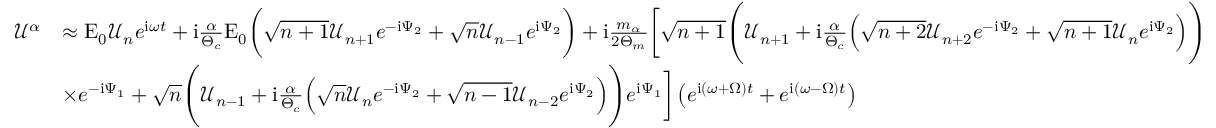
\begin{array} { r l } { \mathcal { U } ^ { \alpha } } & { \approx \mathrm { E } _ { 0 } \mathcal { U } _ { n } e ^ { \mathrm { i } \omega t } + \mathrm { i } \frac { \alpha } { \Theta _ { c } } \mathrm { E } _ { 0 } \bigg ( \sqrt { n + 1 } \mathcal { U } _ { n + 1 } e ^ { - \mathrm { i } \Psi _ { 2 } } + \sqrt { n } \mathcal { U } _ { n - 1 } e ^ { \mathrm { i } \Psi _ { 2 } } \bigg ) + \mathrm { i } \frac { m _ { \alpha } } { 2 \Theta _ { m } } \bigg [ \sqrt { n + 1 } \Bigg ( \mathcal { U } _ { n + 1 } + \mathrm { i } \frac { \alpha } { \Theta _ { c } } \Big ( \sqrt { n + 2 } \mathcal { U } _ { n + 2 } e ^ { - \mathrm { i } \Psi _ { 2 } } + \sqrt { n + 1 } \mathcal { U } _ { n } e ^ { \mathrm { i } \Psi _ { 2 } } \Big ) \Bigg ) } \\ & { \times e ^ { - \mathrm { i } \Psi _ { 1 } } + \sqrt { n } \Bigg ( \mathcal { U } _ { n - 1 } + \mathrm { i } \frac { \alpha } { \Theta _ { c } } \Big ( \sqrt { n } \mathcal { U } _ { n } e ^ { - \mathrm { i } \Psi _ { 2 } } + \sqrt { n - 1 } \mathcal { U } _ { n - 2 } e ^ { \mathrm { i } \Psi _ { 2 } } \Big ) \Bigg ) e ^ { \mathrm { i } \Psi _ { 1 } } \bigg ] \left( e ^ { \mathrm { i } ( \omega + \Omega ) t } + e ^ { \mathrm { i } ( \omega - \Omega ) t } \right) } \end{array}